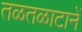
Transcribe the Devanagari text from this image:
तळतळाटानें